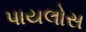
પાયલોસ